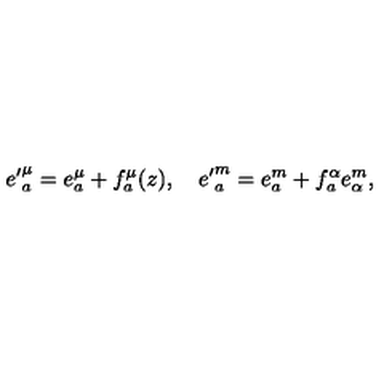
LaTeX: { e ^ { \prime } } _ { a } ^ { \mu } = { e } _ { a } ^ { \mu } + f _ { a } ^ { \mu } ( z ) , \quad { e ^ { \prime } } _ { a } ^ { m } = e _ { a } ^ { m } + f _ { a } ^ { \alpha } e _ { \alpha } ^ { m } ,